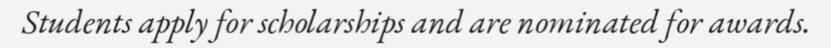
Students apply for scholarships and are nominated for awards.